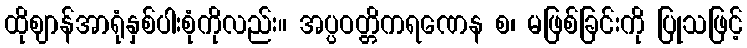
ထိုဈာန်အာရုံနှစ်ပါးစုံကိုလည်း။ အပ္ပဝတ္တိကရဏေန စ၊ မဖြစ်ခြင်းကို ပြုသဖြင့်